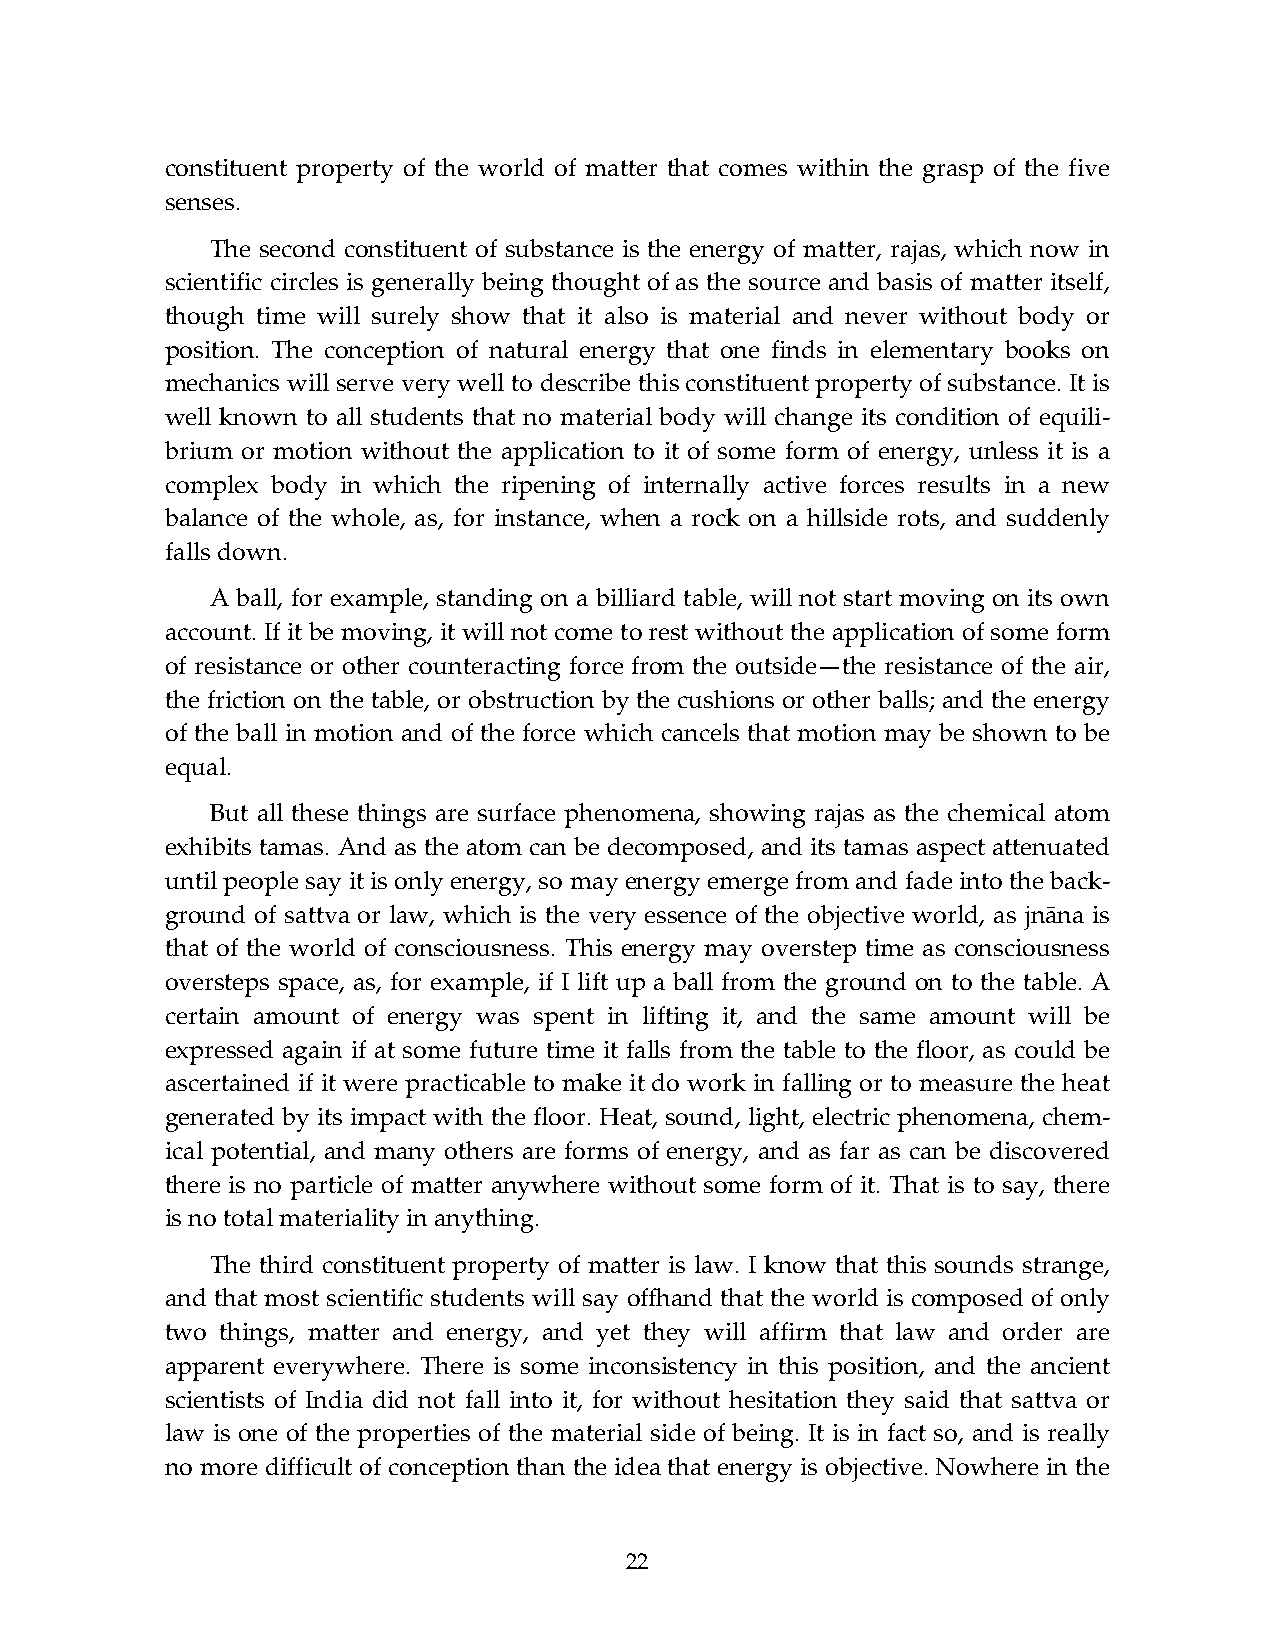
constituent property of the world of matter that comes within the grasp of the five
 senses.
 The second constituent of substance is the energy of matter, rajas, which now in
 scientific circles is generally being thought of as the source and basis of matter itself,
 though time will surely show that it also is material and never without body or
 position. The conception of natural energy that one finds in elementary books on
 mechanics will serve very well to describe this constituent property of substance. It is
 well known to all students that no material body will change its condition of equili-
 brium or motion without the application to it of some form of energy, unless it is a
 complex body in which the ripening of internally active forces results in a new
 balance of the whole, as, for instance, when a rock on a hillside rots, and suddenly
 falls down.
 A ball, for example, standing on a billiard table, will not start moving on its own
 account. If it be moving, it will not come to rest without the application of some form
 of resistance or other counteracting force from the outside—the resistance of the air,
 the friction on the table, or obstruction by the cushions or other balls; and the energy
 of the ball in motion and of the force which cancels that motion may be shown to be
 equal.
 But all these things are surface phenomena, showing rajas as the chemical atom
 exhibits tamas. And as the atom can be decomposed, and its tamas aspect attenuated
 until people say it is only energy, so may energy emerge from and fade into the back-
 ground of sattva or law, which is the very essence of the objective world, as jnāna is
 that of the world of consciousness. This energy may overstep time as consciousness
 oversteps space, as, for example, if I lift up a ball from the ground on to the table. A
 certain amount of energy was spent in lifting it, and the same amount will be
 expressed again if at some future time it falls from the table to the floor, as could be
 ascertained if it were practicable to make it do work in falling or to measure the heat
 generated by its impact with the floor. Heat, sound, light, electric phenomena, chem-
 ical potential, and many others are forms of energy, and as far as can be discovered
 there is no particle of matter anywhere without some form of it. That is to say, there
 is no total materiality in anything.
 The third constituent property of matter is law. I know that this sounds strange,
 and that most scientific students will say offhand that the world is composed of only
 two things, matter and energy, and yet they will affirm that law and order are
 apparent everywhere. There is some inconsistency in this position, and the ancient
 scientists of India did not fall into it, for without hesitation they said that sattva or
 law is one of the properties of the material side of being. It is in fact so, and is really
 no more difficult of conception than the idea that energy is objective. Nowhere in the
 22